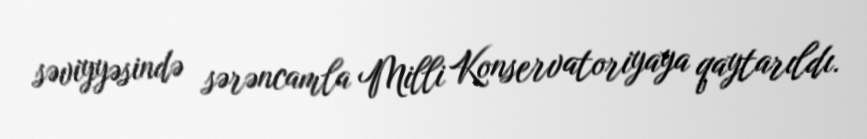
səviyyəsində sərəncamla Milli Konservatoriyaya qaytarıldı.